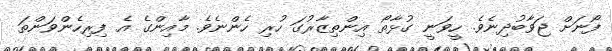
ފޯނަށް ޖަވާބުދިނެވެ. ހީވަނީ ގުޅާތޯ އިންތިޒާރުގަ ހުރި ހެންނެވެ. މާއިންގެ އެ ފިރިހެންވަންތަ